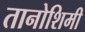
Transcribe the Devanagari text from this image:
तानोशिमी